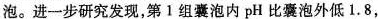
泡。进一步研究发现，第1组囊泡内pH比囊泡外低1.8，